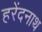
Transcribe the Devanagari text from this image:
हरेंदनाथ